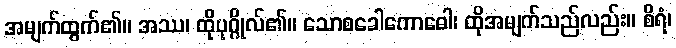
အမျက်ထွက်၏။ အဿ၊ ထိုပုဂ္ဂိုလ်၏။ သောစခေါကောဓေါ၊ ထိုအမျက်သည်လည်း။ စိရံ၊